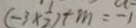
( - 3 \times \frac { 1 } { 2 } ) + m = - 1